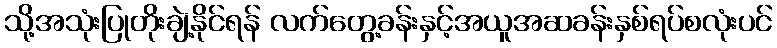
သို့အသုံးပြုတိုးချဲ့နိုင်ရန် လက်တွေ့ခန်းနှင့်အယူအဆခန်းနှစ်ရပ်စလုံးပင်